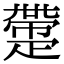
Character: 𤴟